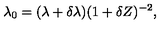
\lambda _ { 0 } = ( \lambda + \delta \lambda ) ( 1 + \delta Z ) ^ { - 2 } ,